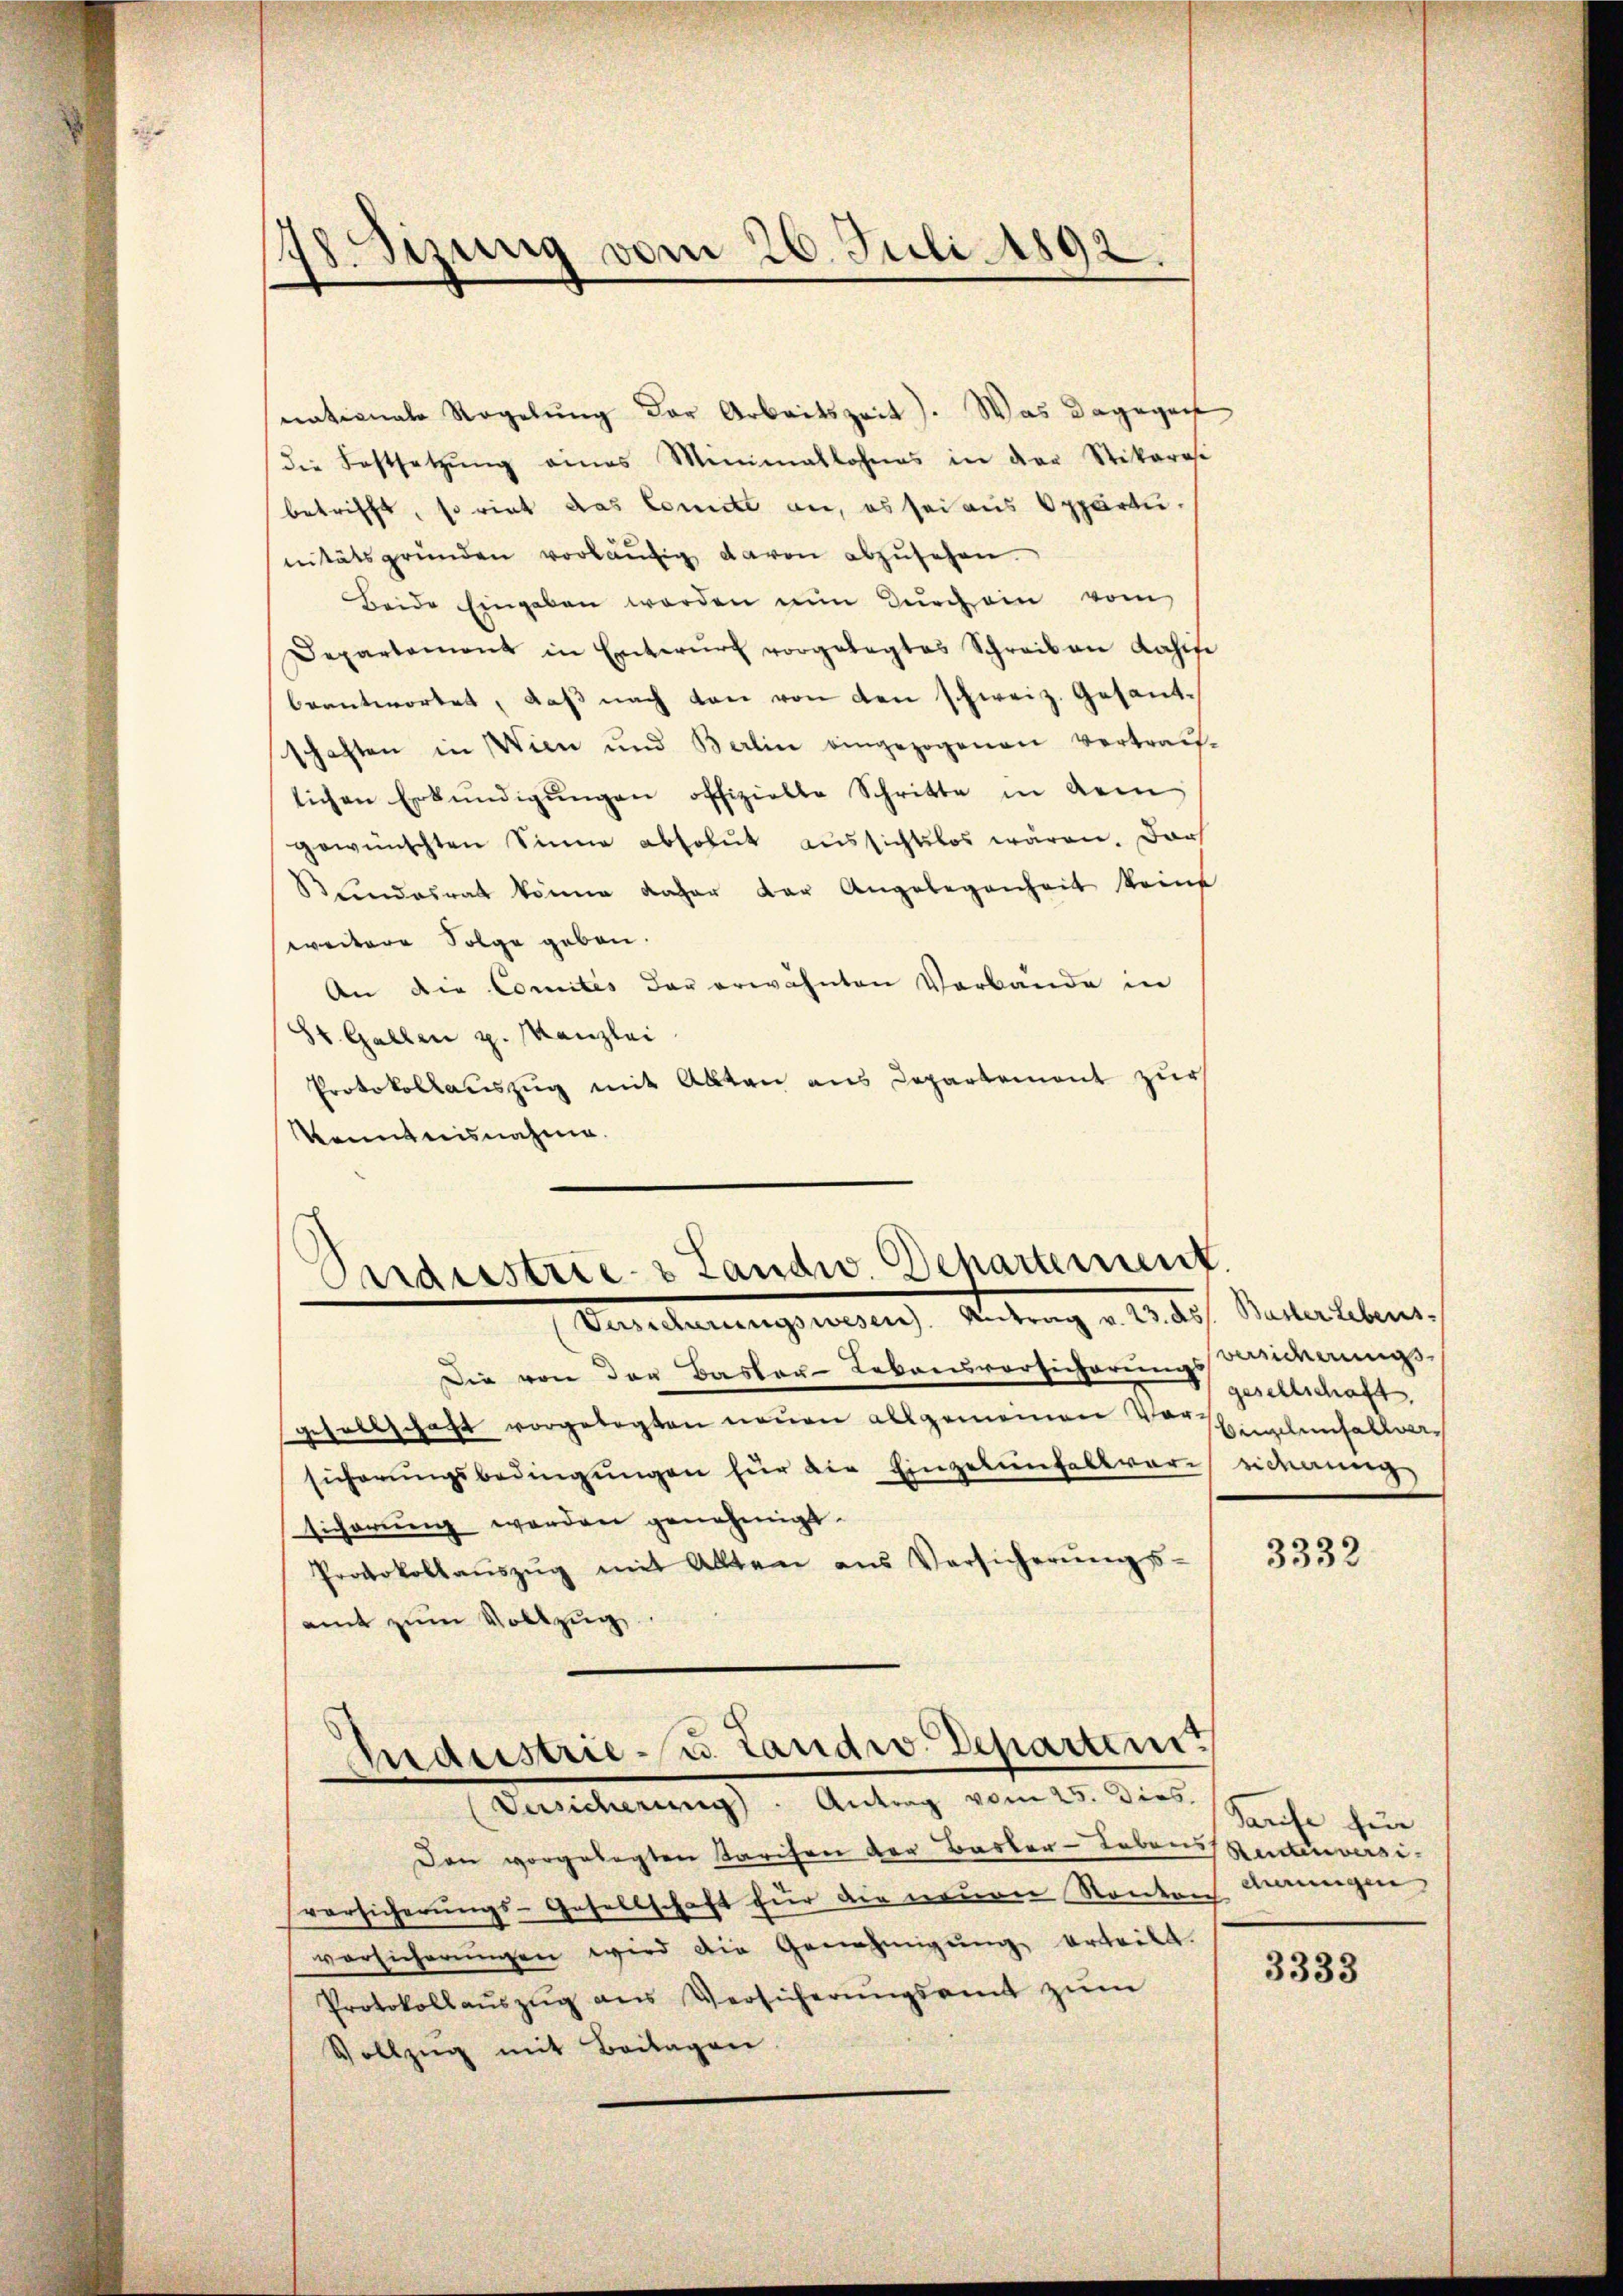
d
e
.
Sizung vom 26. Juli 1892.

nationale Regelung der Arbeitszeit). Was dagegen
die Festsetzŭng eines Minimatlohnes in der Stikarasi
betrifft, so riet das Comite an, es sei aus Apparti-
nitätsgründen vorläŭfig davon abzusehen.
Beide Eingaben worden nun durch ein vom
Departement in Entwŭrf vorgelegtes Schreiben Lahise
beantwortet, daß nach den von den schweiz. Gesandschaften in Wien und Berlin eingezogenen Vertrau-
lichen Erkŭndigŭngen offizielle Schritte in dem
gewünschten Sinne absolut aussichtslos wären. Dar
Bundesrat könne daher der Angelegenheit keine
weitere Folge geben.
An die Comités der erwähnten Verbände in
St. Gallen p. Kanzlei
Protokollauszug mit Alten aus Departement zur
Kenntnisnahme.

Perdestrie- & Landw. Departement
Vereiterungsrathung Antrag v. M. h. Materlebens

Die von der Basler-Lebensvorsicherungsinnungs-
gesellschaft vorgelegten neuen allgemeinen Vorsammlenfallensicherungsbedingŭngen für die Einzelenfallvereiterung
sicherŭng werden genehmigt.
Protokollaŭszŭg mit Allten aus Versicherŭngs-
amt zum Vollzug
Eidustrie- u. Landw. Departen.

Versicherung. Antrag vom 25. Dies

Den vorgelegten Tarifen der Basler-Lebens Rentenversi
versicherŭngs-Gesellschaft für die neuen Kanton Banngen
vorsicherŭngen wird die Genehmigŭng erteilt.
Protokollaŭszŭg ans Versicherŭngsamt zŭm
Vollzug mit Beilagen.

gesellschaft.

3332

Saufe für

3333